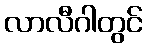
လာလီဂါတွင်